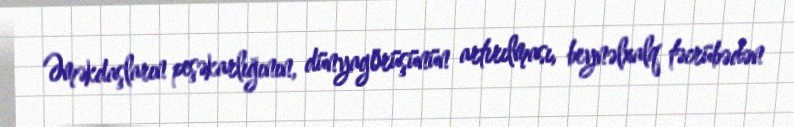
Əməkdaşların peşəkarlığının, dünyagörüşünün artırılması, beynəlxalq təcrübədən